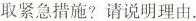
取紧急措施?请说明理由。